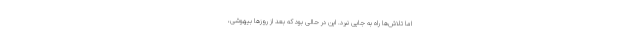
اما تلاش‌ها راه به جایی نبرد. این در حالی بود که بعد از روز‌ها بیهوشی،